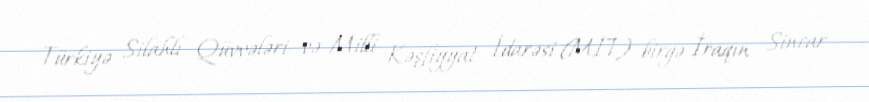
Türkiyə Silahlı Qüvvələri və Milli Kəşfiyyat İdarəsi (MİT) birgə İraqın Sincar